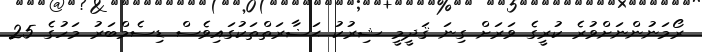
ރޯމަނުންނަށްވުރެ ކުރީގެ ވަރަށް ގިނަ ޤަދީމީ ޝިރުކު ޙަޟާރަތްތަކުގައިވެސް ޑިސެމްބަރު މަހުގެ 25